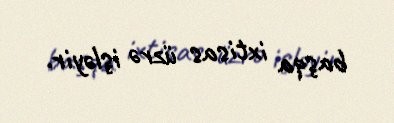
başqa ixtisas üzrə işləyir.